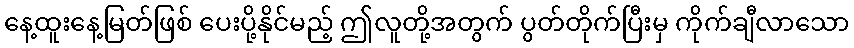
နေ့ထူးနေ့မြတ်ဖြစ် ပေးပို့နိုင်မည့် ဤလူတို့အတွက် ပွတ်တိုက်ပြီးမှ ကိုက်ချီလာသော